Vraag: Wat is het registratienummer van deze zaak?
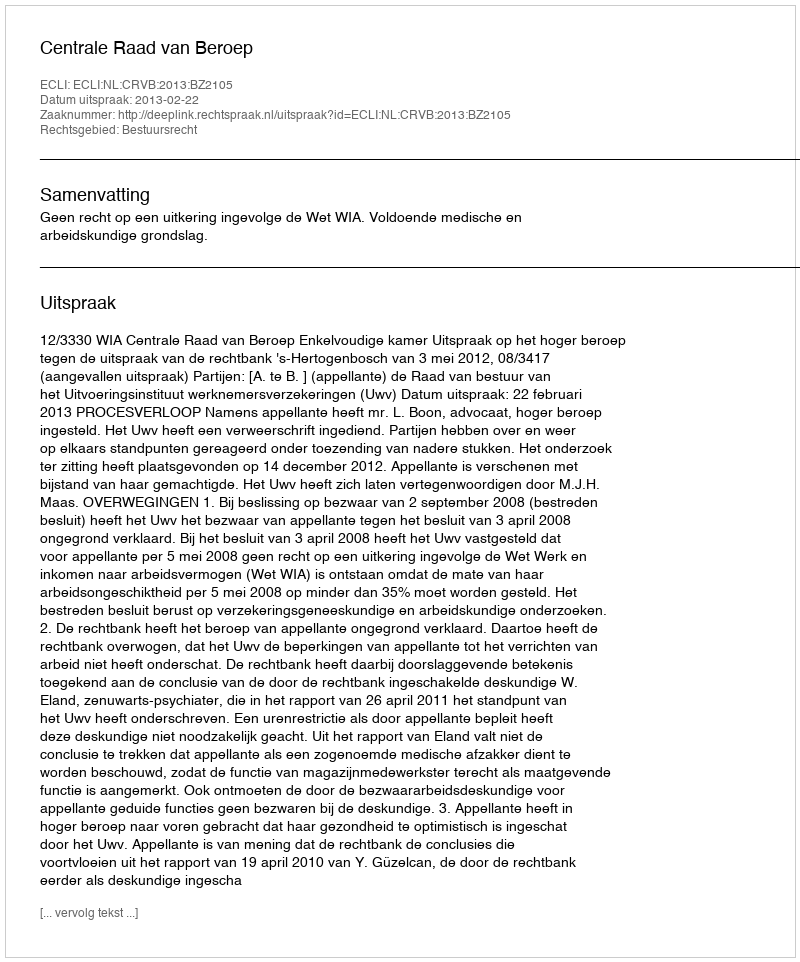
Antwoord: http://deeplink.rechtspraak.nl/uitspraak?id=ECLI:NL:CRVB:2013:BZ2105